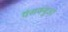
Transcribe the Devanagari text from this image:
पैसक्युआ